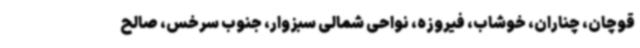
قوچان، چناران، خوشاب، فیروزه، نواحی شمالی سبزوار، جنوب سرخس، صالح